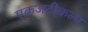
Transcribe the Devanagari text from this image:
एकजटीकल्प